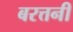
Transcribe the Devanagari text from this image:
बरत्तनी